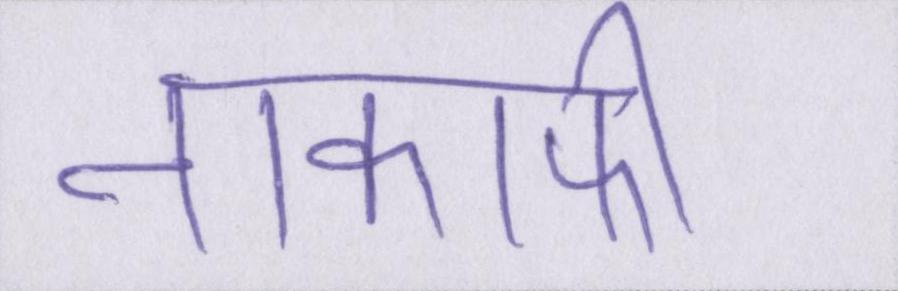
नाकाफी